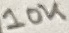
Text: 10K